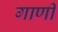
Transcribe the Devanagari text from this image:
गाणीं